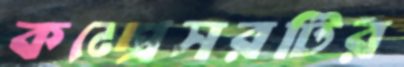
কম্প্রেসরটির